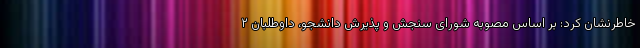
خاطرنشان کرد: بر اساس مصوبه شورای سنجش و پذیرش دانشجو، داوطلبان ۲